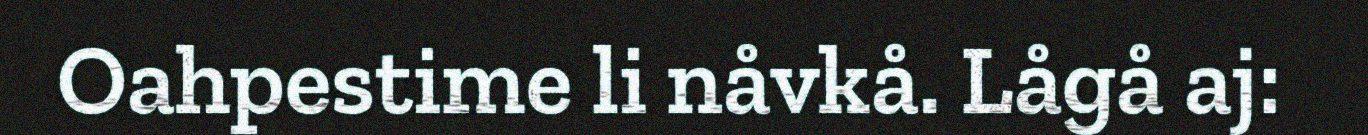
Oahpestime li nåvkå. Lågå aj: